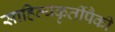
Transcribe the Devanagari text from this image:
साहित्यकृतींपैकी